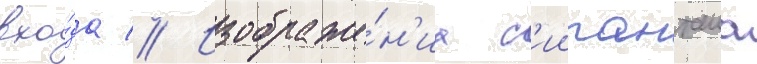
вхо́да // Изображе́н'иа с'иипанташа